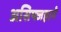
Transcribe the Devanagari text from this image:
असिफ्जहाने